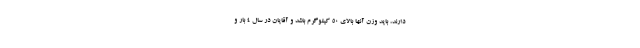
دارند، باید وزن آنها بالای ۵۰ کیلوگرم باشد و آقایان در سال ۴ بار و